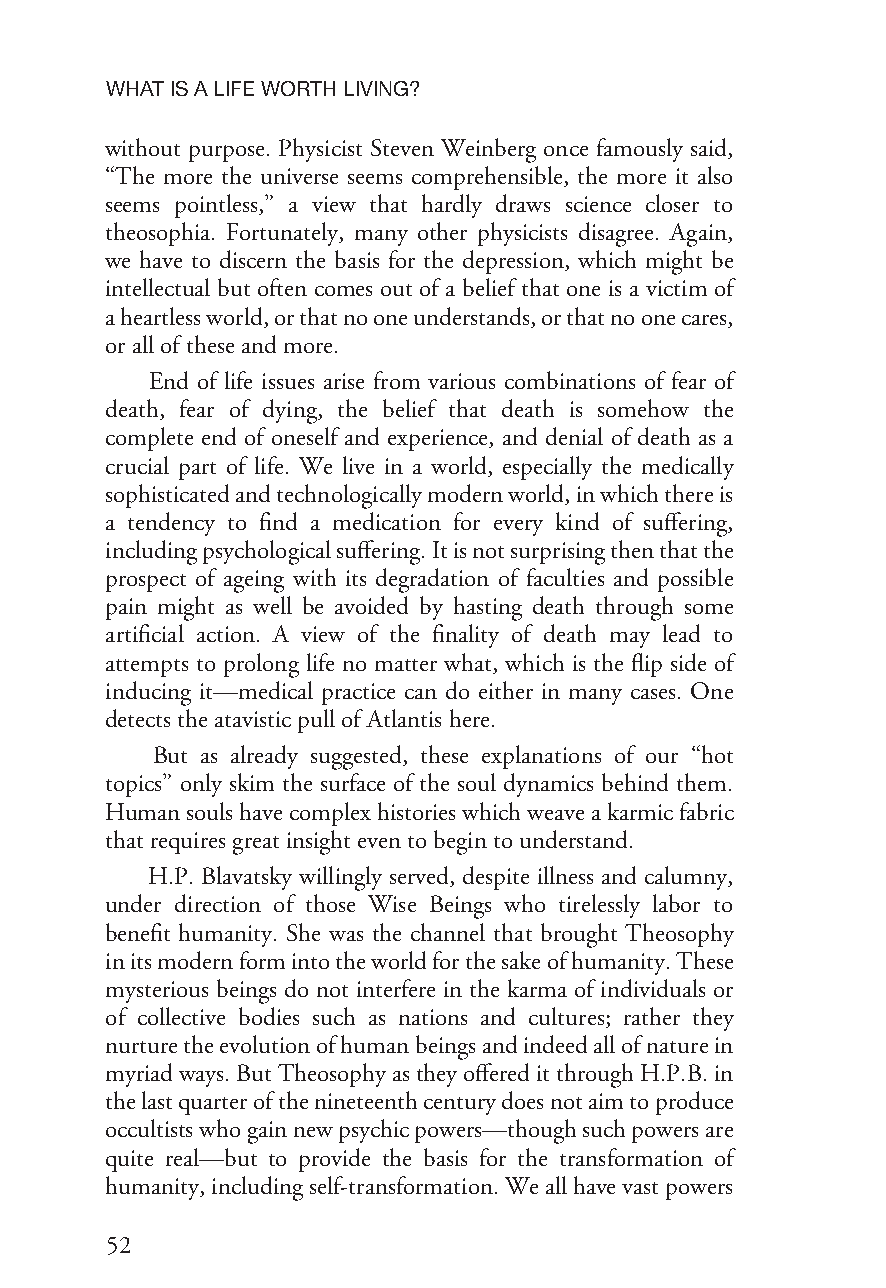
WHATISALIFEWORTHLIVING?
 without purpose. Physicist Steven Weinberg once famously said,
 “The more the universe seems comprehensible, the more it also
 seems pointless,” a view that hardly draws science closer to
 theosophia. Fortunately, many other physicists disagree. Again,
 we have to discern the basis for the depression, which might be
 intellectual but often comes out of a belief that one is a victim of
 aheartlessworld,orthatnooneunderstands,orthatnoonecares,
 orallofthese andmore.
 End of life issues arise from various combinations of fear of
 death, fear of dying, the belief that death is somehow the
 complete end of oneself and experience, and denial of death as a
 crucial part of life. We live in a world, especially the medically
 sophisticatedandtechnologicallymodernworld,inwhichthereis
 a tendency to find a medication for every kind of suffering,
 includingpsychologicalsuffering.Itisnotsurprisingthenthatthe
 prospect of ageing with its degradation of faculties and possible
 pain might as well be avoided by hasting death through some
 artificial action. A view of the finality of death may lead to
 attempts to prolong life no matter what, which is the flip side of
 inducing it—medical practice can do either in many cases. One
 detectstheatavisticpullofAtlantishere.
 But as already suggested, these explanations of our “hot
 topics” only skim the surface of the soul dynamics behind them.
 Humansoulshavecomplexhistorieswhichweaveakarmicfabric
 thatrequiresgreatinsighteventobegintounderstand.
 H.P. Blavatsky willingly served, despite illness and calumny,
 under direction of those Wise Beings who tirelessly labor to
 benefit humanity. She was the channel that brought Theosophy
 initsmodernformintotheworldforthesakeofhumanity.These
 mysterious beings do not interfere in the karma of individuals or
 of collective bodies such as nations and cultures; rather they
 nurturetheevolutionofhumanbeingsandindeedallofnaturein
 myriadways.ButTheosophyastheyoffereditthroughH.P.B.in
 thelastquarterofthenineteenthcenturydoesnotaimtoproduce
 occultistswhogainnewpsychicpowers—thoughsuchpowersare
 quite real—but to provide the basis for the transformation of
 humanity,includingself-transformation.Weallhavevastpowers
 52